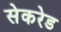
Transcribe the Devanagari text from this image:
सेकरेड